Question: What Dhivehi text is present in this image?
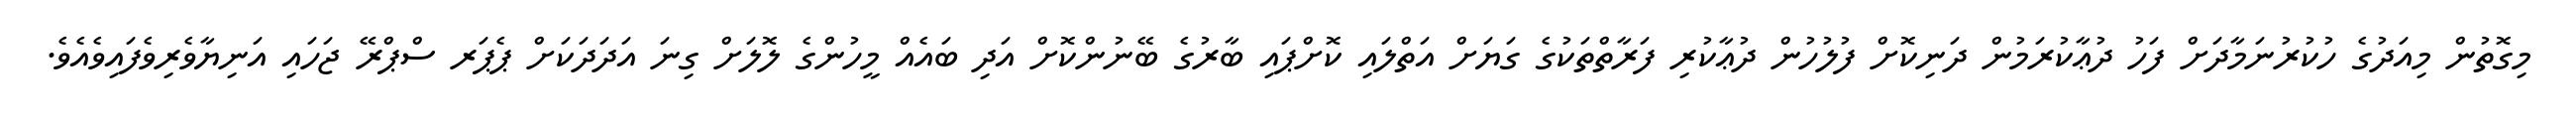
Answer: މިގޮތުން މިއަދުގެ ހުކުރުނަމާދަށް ފަހު ދުޢާކުރަމުން ދަނިކޮށް ފުލުހުން ދުޢާކުރި ފަރާތްތަކުގެ ގަޔަށް އަތްލައި ކޮށްޕައި ބާރުގެ ބޭނުންކޮށް އަދި ބައެއް މީހުންގެ ލޮލަށް ގިނަ އަދަދަކަށް ޕެޕަރ ސްޕްރޭ ޖަހައި އަނިޔާވެރިވެފައިވެއެވެ.